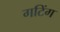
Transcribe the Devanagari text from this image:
गटिंग